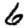
Digit: 6